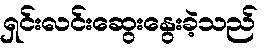
ရှင်းလင်းဆွေးနွေးခဲ့သည်